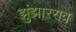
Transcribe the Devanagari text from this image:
झुंझारराव